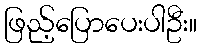
ဖြည့်ပြောပေးပါဦး။